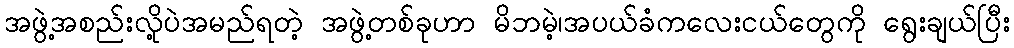
အဖွဲ့အစည်းလို့ပဲအမည်ရတဲ့ အဖွဲ့တစ်ခုဟာ မိဘမဲ့၊အပယ်ခံကလေးငယ်တွေကို ရွေးချယ်ပြီး